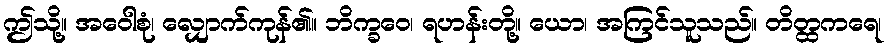
ဤသို့။ အဝေါစုံ၊ လျှောက်ကုန်၏။ ဘိက္ခဝေ၊ ရဟန်းတို့။ ယော၊ အကြင်သူသည်။ တိတ္ထကရေ၊